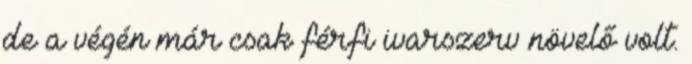
de a végén már csak férfi ivarszerv növelő volt.